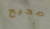
صحيح